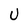
Character: U